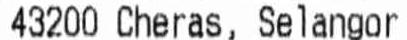
43200 CHERAS, SELANGOR